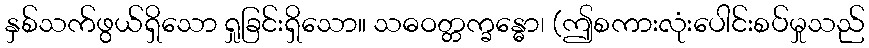
နှစ်သက်ဖွယ်ရှိသော ရှုခြင်းရှိသော။ သဓဝတ္တက္ခန္ဓော၊ (ဤစကားလုံးပေါင်းစပ်မှုသည်